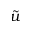
\tilde { u }